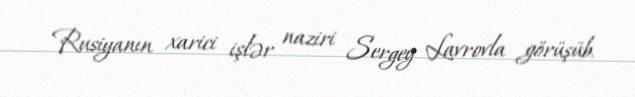
Rusiyanın xarici işlər naziri Sergey Lavrovla görüşüb.